Vital statistics of India. Vol. V, Reports of 1876 on armies & jails and on epidemic cholera
Year: 1876
Disease focus: Cholera
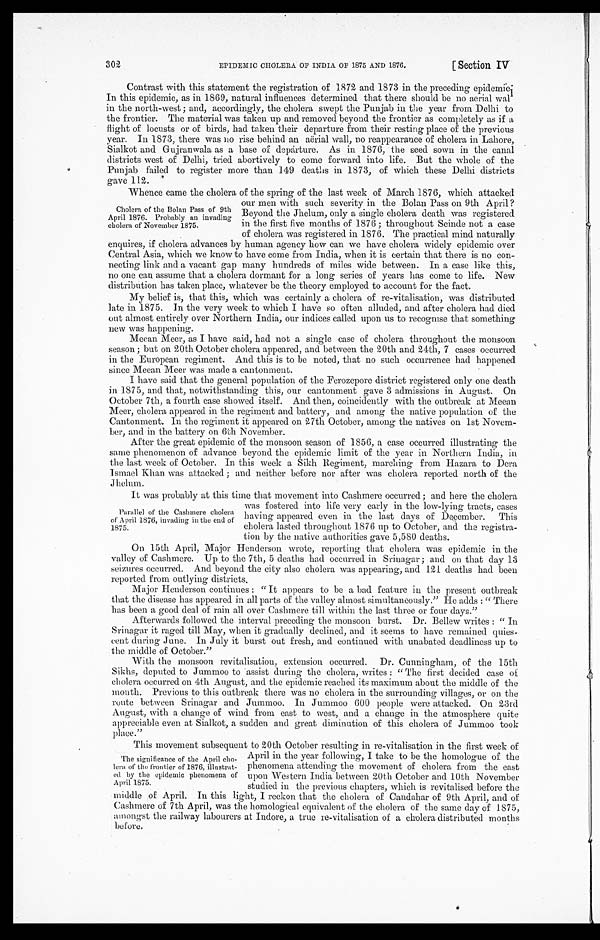
EPIDEMIC CHOLERA OF INDIA OF 1875 AND 1876.
[Section IV
302
Contrast with this statement the registration of 1872 and 1873 in the preceding epidemic
In this epidemic, as in 1869, natural influences determined that there should be no aerial wal
in the north-west; and, accordingly, the cholera swept the Punjab in the year from Delhi to
the frontier. The material was taken up and removed beyond the frontier as completely as if a
flight of locusts or of birds, had taken their departure from their resting place of the previous
year. In 1873, there was no rise behind an aërial wall, no reappearance of cholera in Lahore,
Sialkot and Gujranwala as a base of departure. As in 1876, the seed sown in the canal
districts west of Delhi, tried abortively to come forward into life. But the whole of the
Punjab failed to register more than 149 deaths in 1873, of which these Delhi districts
gave 112.
Whence came the cholera of the spring of the last week of March 1876, which attacked
our men with such severity in the Bolan Pass on 9th April?
Beyond the Jhelum, only a single cholera death was registered
in the first five months of 1876; throughout Scinde not a case
of cholera was registered in 1876. The practical mind naturally
enquires, if cholera advances by human agency how can we have cholera widely epidemic over
Central Asia, which we know to have come from India, when it is certain that there is no con
-necting link and a vacant gap many hundreds of miles wide between. In a case like this,
no one can assume that a cholera dormant for a long series of years has come to life. New
distribution has taken place, whatever be the theory employed to account for the fact.
My belief is, that this, which was certainly a cholera of re-vitalisation, was distributed
late in 1875. In the very week to which I have so often alluded, and after cholera had died
out almost entirely over Northern India, our indices called upon us to recognise that something
new was happening.
Meean Meer, as I have said, had not a single case of cholera throughout the monsoon
season; but on 20th October cholera appeared, and between the 20th and 24th, 7 cases occurred
in the European regiment. And this is to be noted, that no such occurrence had happened
since Meean Meer was made a cantonment.
I have said that the general population of the Ferozepore district registered only one death
in 1875, and that, notwithstanding this, our cantonment gave 3 admissions in August. On
October 7th, a fourth case showed itself. And then, coincidently with the outbreak at Meean
Meer, cholera appeared in the regiment and battery, and among the native population of the
Cantonment. In the regiment it appeared on 27th October, among the natives on 1st Novem
-ber, and in the battery on 6th November.
After the great epidemic of the monsoon season of 1856, a case occurred illustrating the
same phenomenon of advance beyond the epidemic limit of the year in Northern India, in
the last week of October. In this week a Sikh Regiment, marching from Hazara to Dera
Ismael Khan was attacked; and neither before nor after was cholera reported north of the
Jhelum.
It was probably at this time that movement into Cashmere occurred; and here the cholera
was fostered into life very early in the low-lying tracts, cases
having appeared even in the last days of December. This
cholera lasted throughout 1876 up to October, and the registra
-tion by the native authorities gave 5,580 deaths.
On 15th April, Major Henderson wrote, reporting that cholera was epidemic in the
valley of Cashmere. Up to the 7th, 5 deaths had occurred in Srinagar; and on that day 13
seizures occurred. And beyond the city also cholera was appearing, and 121 deaths had been
reported from outlying districts.
Major Henderson continues: "It appears to be a bad feature in the present outbreak
that the disease has appeared in all parts of the valley almost simultaneously." He adds: "There
has been a good deal of rain all over Cashmere till within the last three or four days."
Afterwards followed the interval preceding the monsoon burst. Dr. Bellew writes: "In
Srinagar it raged till May, when it gradually declined, and it seems to have remained quies
- c e n t d u r i n g J u n e . I n J u l y i t b u r s t o u t f r e s h , a n d c o n t i n u e d w i t h u n a b a t e d d e a d l i n e s s u p t o
the middle of October."
With the monsoon revitalisation, extension occurred. Dr. Cunningham, of the 15th
Sikhs, deputed to Jummoo to assist during the cholera, writes: "The first decided case of
cholera occurred on 4th August, and the epidemic reached its maximum about the middle of the
month. Previous to this outbreak there was no cholera in the surrounding villages, or on the
route between Srinagar and Jummoo. In Jummoo 600 people were attacked. On 23rd
August, with a change of wind from east to west, and a change in the atmosphere quite
appreciable even at Sialkot, a sudden and great diminution of this cholera of Jummoo took
place."
This movement subsequent to 20th October resulting in re-vitalisation in the first week of
April in the year following, I take to be the homologue of the
phenomena attending the movement of cholera from the east
upon Western India between 20th October and 10th November
studied in the previous chapters, which is revitalised before the
middle of April. In this light, I reckon that the cholera of Candahar of 9th April, and of
Cashmere of 7th April, was the homological equivalent of the cholera of the same day of 1875,
amongst the railway labourers at Indore, a true re-vitalisation of a cholera distributed months
before.
Cholera of the Bolan Pass of 9th
April 1876. Probably an invading
cholera of November 1875.
Parallel of the Cashmere cholera
of April 1876, invading in the end of
1875.
The significance of the April cho
-lera of the frontier of 1876, illustrat
- e d b y t h e e p i d e m i c p h e n o m e n a o f
April 1875.